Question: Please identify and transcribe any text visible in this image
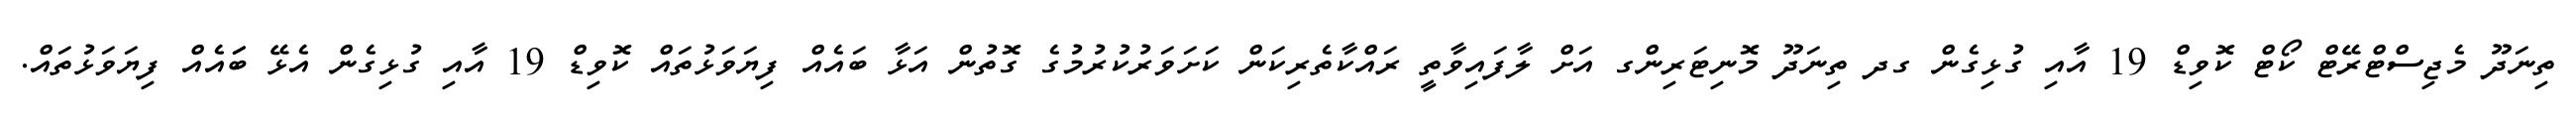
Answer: ތިނަދޫ މެޖިސްޓްރޭޓް ކޯޓް ކޮވިޑް 19 އާއި ގުޅިގެން ގދ ތިނަދޫ މޮނިޓަރިންގ އަށް ލާފައިވާތީ ރައްކާތެރިކަން ކަށަވަރުކުރުމުގެ ގޮތުން އަޅާ ބައެއް ފިޔަވަޅުތައް ކޮވިޑް 19 އާއި ގުޅިގެން އެޅޭ ބަައެއް ފިޔަވަޅުތައް.